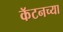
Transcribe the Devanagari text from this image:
कॅटनच्या